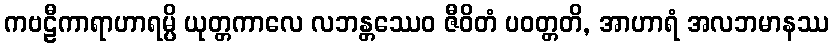
ကဗဠီကာရာဟာရမ္ပိ ယုတ္တကာလေ လဘန္တဿေဝ ဇီဝိတံ ပဝတ္တတိ, အာဟာရံ အလဘမာနဿ